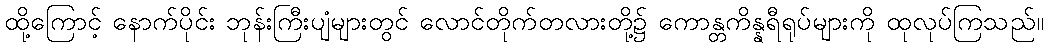
ထို့ကြောင့် နောက်ပိုင်း ဘုန်းကြီးပျံများတွင် လောင်တိုက်တလားတို့၌ ကောန္တကိန္နရီရုပ်များကို ထုလုပ်ကြသည်။